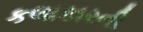
કલાકારની